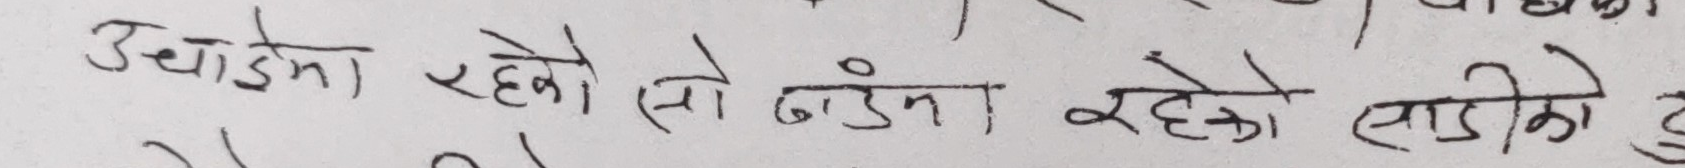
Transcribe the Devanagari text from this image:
थोड्‌ना रहेको सो ठाउँमा रहेको साडीको हु